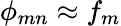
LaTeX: \phi_{mn}\approx f_{m}